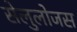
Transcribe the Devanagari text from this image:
सेलुलोजस